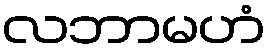
လဘာမဟံ